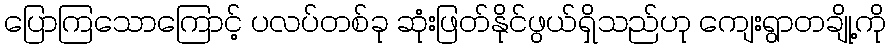
ပြောကြသောကြောင့် ပလပ်တစ်ခု ဆုံးဖြတ်နိုင်ဖွယ်ရှိသည်ဟု ကျေးရွာတချို့ကို